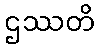
ဌဿတိ